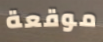
موقعة